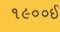
૧૯૦૦ઈ